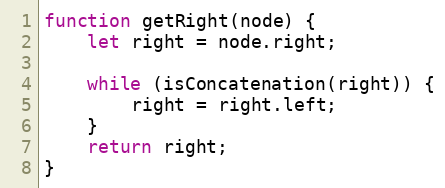
Language: JavaScript
function getRight(node) {
    let right = node.right;

    while (isConcatenation(right)) {
        right = right.left;
    }
    return right;
}